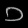
Digit: ၁